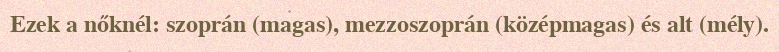
Ezek a nőknél: szoprán (magas), mezzoszoprán (középmagas) és alt (mély).